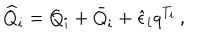
LaTeX: \widehat { Q } _ { i } = Q _ { i } + \bar { Q } _ { i } + \hat { \epsilon } _ { i } q ^ { T _ { i } } \, ,